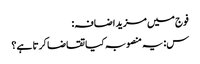
فوج میں مزید اضافہ:
س: یہ منصوبہ کیا تقاضا کرتا ہے؟